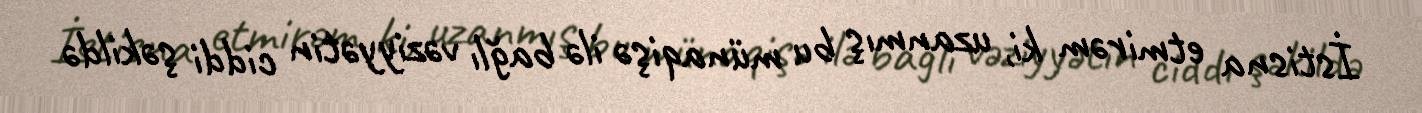
İstisna etmirəm ki, uzanmış bu münaqişə ilə bağlı vəziyyətin ciddi şəkildə